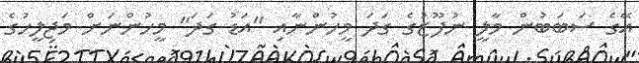
އޭގެ ސަބަބުން މާލީ ނުފޫޒުގެ ގަދަ މީހުންނާއި "އަޑު ގަދަ" މީހުންނަށް މަޖިލީހުގެ